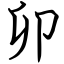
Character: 卯